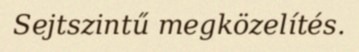
Sejtszintű megközelítés.